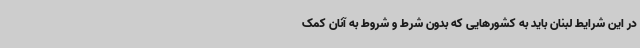
در این شرایط لبنان باید به کشورهایی که بدون شرط و شروط به آنان کمک